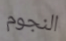
النجوم